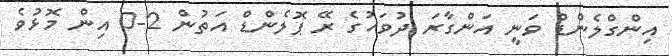
އިންގްލެންޑް ވަނީ އަންގާރަ ދުވަހުގެ ރޭ ޕޮލެންޑް އަތުން 2-0 އިން މޮޅުވެ